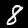
Label: 8